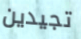
تجيدين